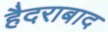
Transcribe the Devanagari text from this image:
हैदराबाद